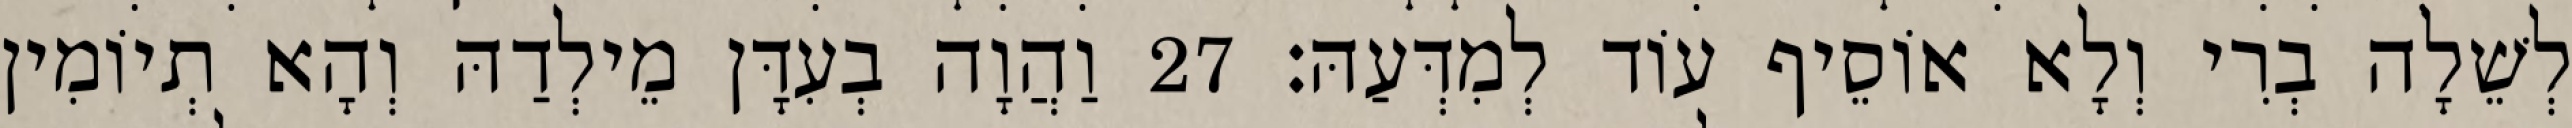
לְשֵׁלָה בְרִי וְלָא אוֹסֵיף עוֹד לְמִדְּעַהּ׃ 27 וַהֲוָה בְעִדָּן מֵילְדַהּ וְהָא תְיוֹמִין